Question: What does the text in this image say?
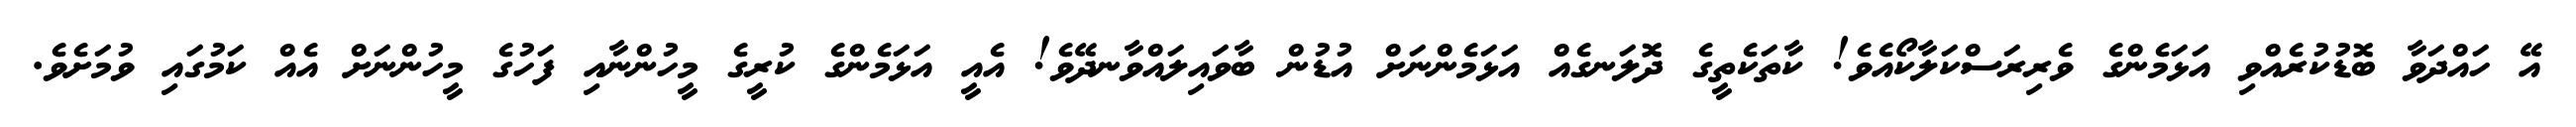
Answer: އޭ ހައްދަވާ ބޮޑުކުރެއްވި އަޅަމެންގެ ވެރިރަސްކަލާކޯއެވެ! ކާތަކެތީގެ ދޮލަނގެއް އަޅަމެންނަށް އުޑުން ބާވައިލައްވާނދޭވެ! އެއީ އަޅަމެންގެ ކުރީގެ މީހުންނާއި ފަހުގެ މީހުންނަށް އެއް ކަމުގައި ވުމަށެވެ.